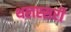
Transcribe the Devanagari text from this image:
थलस्सरी